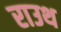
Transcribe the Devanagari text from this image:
राउथ